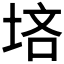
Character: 𪣠